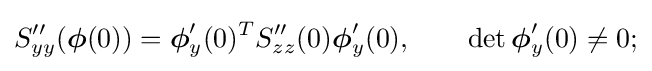
S''_{yy}({\boldsymbol {\phi }}(0))={\boldsymbol {\phi }}'_{y}(0)^{T}S''_{zz}(0){\boldsymbol {\phi }}'_{y}(0),\qquad \det {\boldsymbol {\phi }}'_{y}(0)\neq 0;